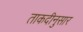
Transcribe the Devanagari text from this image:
ताकदीनुसार